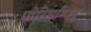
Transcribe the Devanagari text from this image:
पोस्सिम्पिब्ल